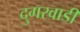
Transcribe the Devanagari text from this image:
दुगरवाडी